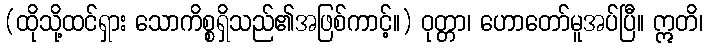
(ထိုသို့ထင်ရှား သောကိစ္စရှိသည်၏အဖြစ်ကာင့်။) ဝုတ္တာ၊ ဟောတော်မူအပ်ပြီ။ ဣတိ၊